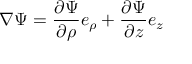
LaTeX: \nabla \Psi = { \frac { \partial \Psi } { \partial \rho } } { \boldsymbol { e } } _ { \rho } + { \frac { \partial \Psi } { \partial z } } { \boldsymbol { e } } _ { z }